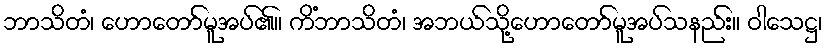
ဘာသိတံ၊ ဟောတော်မူအပ်၏။ ကိံဘာသိတံ၊ အဘယ်သို့ဟောတော်မူအပ်သနည်း။ ဝါသေဋ္ဌ၊